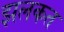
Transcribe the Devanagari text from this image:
झलकत